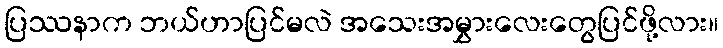
ပြဿနာက ဘယ်ဟာပြင်မလဲ အသေးအမွှားလေးတွေပြင်ဖို့လား။